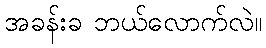
အခန်းခ ဘယ်လောက်လဲ။